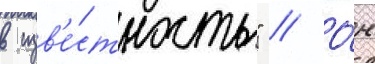
в изв'е́стность" // О́н